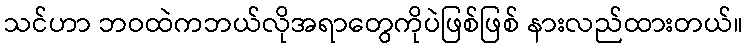
သင်ဟာ ဘဝထဲကဘယ်လိုအရာတွေကိုပဲဖြစ်ဖြစ် နားလည်ထားတယ်။